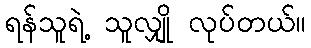
ရန်သူရဲ့ သူလျှို လုပ်တယ်။